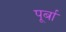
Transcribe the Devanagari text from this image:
पूर्बा